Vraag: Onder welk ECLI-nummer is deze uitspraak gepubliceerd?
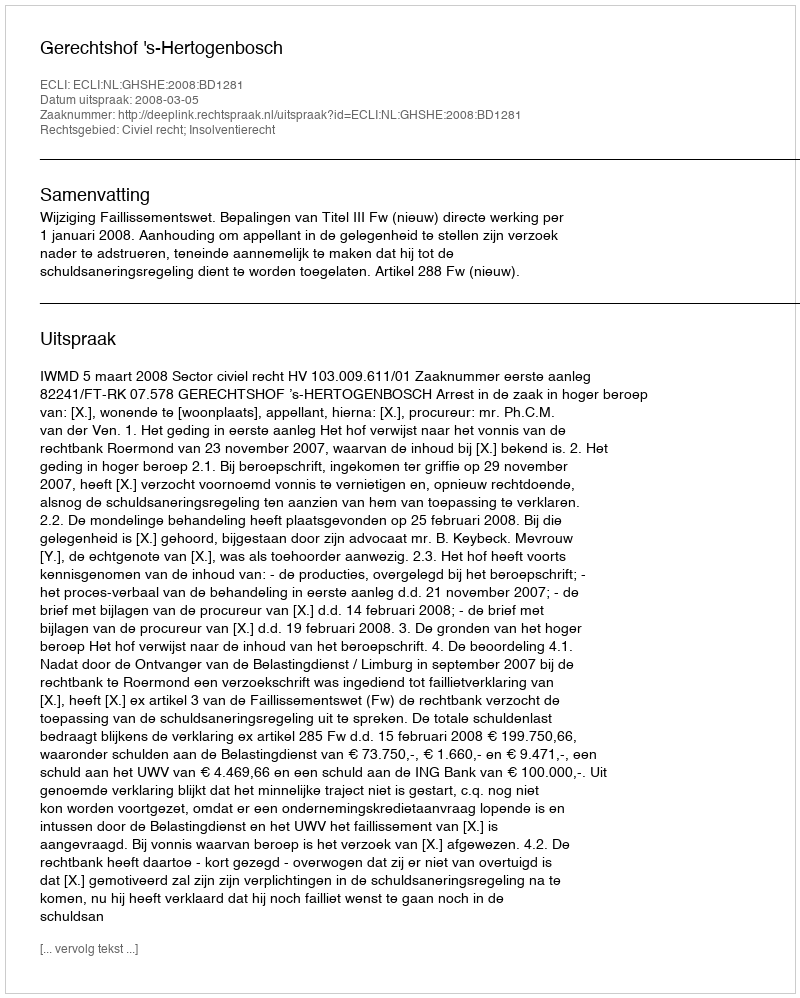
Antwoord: ECLI:NL:GHSHE:2008:BD1281